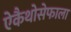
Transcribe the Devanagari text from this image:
ऐकैथोसेफाला